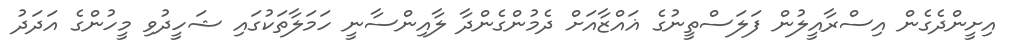
އިށީންދެގެން އިސްރާއީލުން ފަލަސްތީނުގެ ޣައްޒާއަށް ދެމުންގެންދާ ލާއިންސާނީ ހަމަލާތަކުގައި ޝަހީދުވި މީހުންގެ އަދަދު